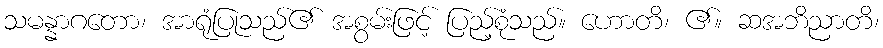
သမန္နာဂတော၊ အာရုံပြုသည်၏ အစွမ်းဖြင့် ပြည့်စုံသည်။ ဟောတိ၊ ၏။ ဆအဘိညာတိ၊